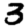
Digit: 3